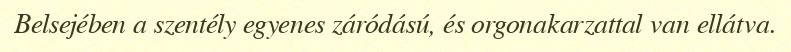
Belsejében a szentély egyenes záródású, és orgonakarzattal van ellátva.